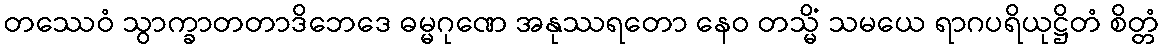
တဿေဝံ သွာက္ခာတတာဒိဘေဒေ ဓမ္မဂုဏေ အနုဿရတော နေဝ တသ္မိံ သမယေ ရာဂပရိယုဋ္ဌိတံ စိတ္တံ